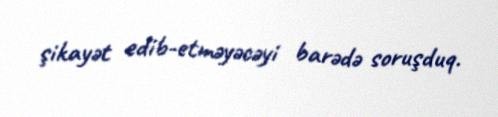
şikayət edib-etməyəcəyi barədə soruşduq.